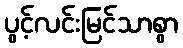
ပွင့်လင်းမြင်သာစွာ